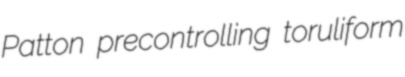
Patton precontrolling toruliform